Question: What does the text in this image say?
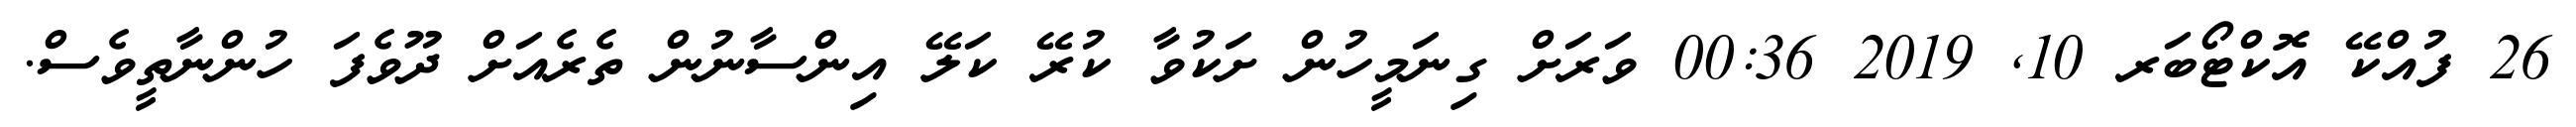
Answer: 26 ފުއްކޭ އޮކްޓޯބަރ 10, 2019 00:36 ވަރަށް ގިނަމީހުން ށަކުވާ ކުރޭ ކަލޭ އިންސާނުން ތެރެއަށް ދޫވެފަ ހުންނާތީވެސް.